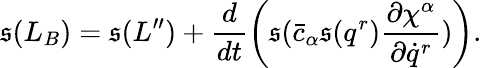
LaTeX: \mathfrak{s}(L_{B})=\mathfrak{s}(L^{\prime\prime})+\frac{{d}}{{dt}}\left(\mathfrak{s}(\bar{{c}}_{\alpha}\mathfrak{s}(q^{r})\frac{{\partial\chi^{\alpha}}}{{\partial\dot{{q}}^{r}}})\right).